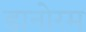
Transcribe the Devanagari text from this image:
डानोरम